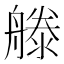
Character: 𣽨